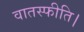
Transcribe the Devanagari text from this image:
वातस्फीति।